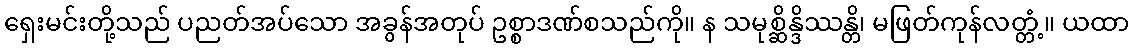
ရှေးမင်းတို့သည် ပညတ်အပ်သော အခွန်အတုပ် ဥစ္စာဒဏ်စသည်ကို။ န သမုစ္ဆိန္ဒိဿန္တိ၊ မဖြတ်ကုန်လတ္တံ့။ ယထာ